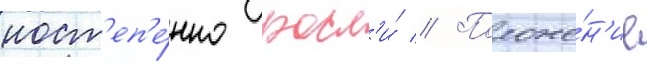
пост'еп'е́нно росл'и́ // Положе́н'ие